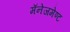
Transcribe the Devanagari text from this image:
मॅनेजमेण्ट